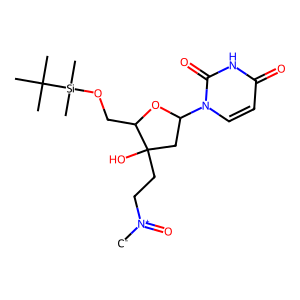
SMILES: [CH2-][N+](=O)CCC1(O)CC(n2ccc(=O)[nH]c2=O)OC1CO[Si](C)(C)C(C)(C)C
Inhibits HIV replication: No